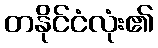
တနိုင်ငံလုံး၏